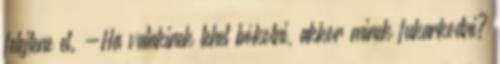
felejtene el. -Ha valakinek lehet bókolni, akkor minek fukarkodni?